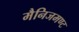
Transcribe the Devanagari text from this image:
मैनिजमण्ट